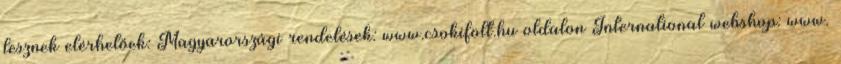
lesznek elérhetőek: Magyarországi rendelések: www.csokifolt.hu oldalon International webshop: www.